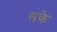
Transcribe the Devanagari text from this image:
लके